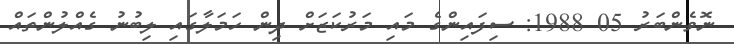
ނޮވެންބަރު 05 1988: ސިފައިންގެ މައި މަރުކަޒަށް ދިން ހަމަލާގައި ލިބުނު ގެއްލުންތައް